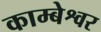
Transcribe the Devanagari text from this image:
काम्बेश्वर